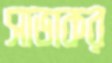
সাভাকর